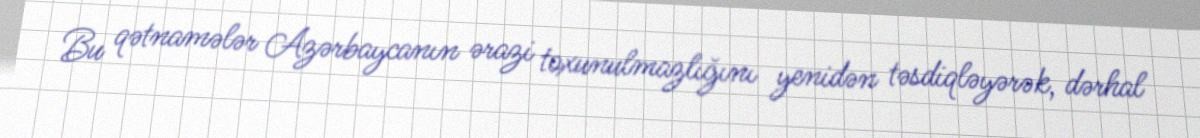
Bu qətnamələr Azərbaycanın ərazi toxunulmazlığını yenidən təsdiqləyərək, dərhal